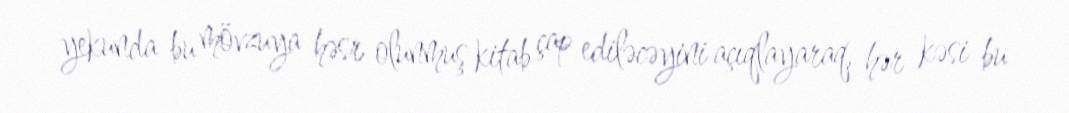
yekunda bu mövzuya həsr olunmuş kitab çap ediləcəyini açıqlayaraq, hər kəsi bu